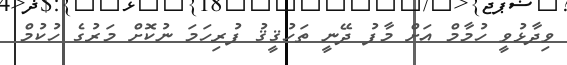
ވިދާޅުވީ ހުމާމް އަށް މާފު ދޭނީ ތަހުޤީޤު ފުރިހަމަ ނުކޮށް މަރުގެ ހުކުމް